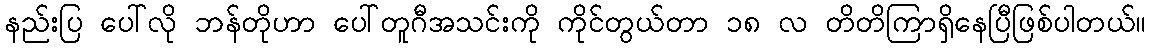
နည်းပြ ပေါ်လို ဘန်တိုဟာ ပေါ်တူဂီအသင်းကို ကိုင်တွယ်တာ ၁၈ လ တိတိကြာရှိနေပြီဖြစ်ပါတယ်။